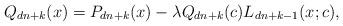
LaTeX: \begin{align*}Q_{dn+k}(x)=P_{dn+k}(x)-\lambda Q_{dn+k}(c)L_{dn+k-1}(x;c), \end{align*}